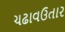
ચઢાવઉતાર